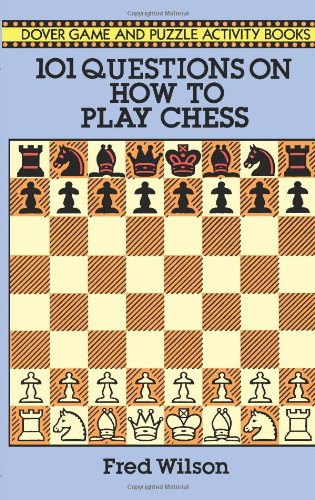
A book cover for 101 Questions on How to Play Chess (Dover Chess); Fred Wilson; Teen & Young Adult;